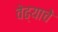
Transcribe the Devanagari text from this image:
वेढ्याचे